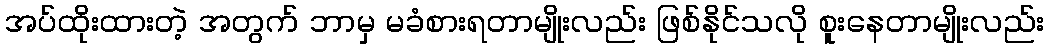
အပ်ထိုးထားတဲ့ အတွက် ဘာမှ မခံစားရတာမျိုးလည်း ဖြစ်နိုင်သလို စူးနေတာမျိုးလည်း